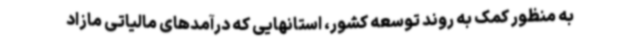
به منظور کمک به روند توسعه کشور، استانهایی که درآمدهای مالیاتی مازاد